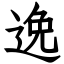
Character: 𨓜